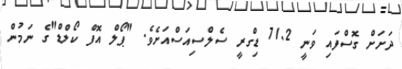
ދަށަށް ގޮސްފައި ވަނީ 71.2 ޑިގްރީ ސެލްސިއަސްއަށެވެ. "ޕޯލް އޮފް ކޯލްޑް"ގެ ނަމުން